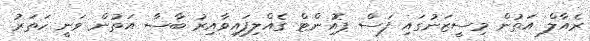
ރެއާލް އަތުން މިސީޒަނުގައި ފަސް ޕޮއިންޓް ގެއްލިފައިވާއިރު ބާސާ އަތުން ވަނީ ހަތަރު